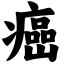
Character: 癌